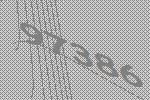
97386